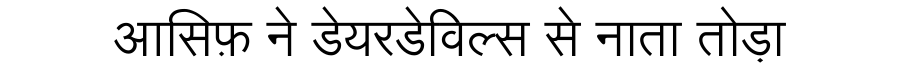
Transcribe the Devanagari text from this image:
आसिफ़ ने डेयरडेविल्स से नाता तोड़ा